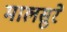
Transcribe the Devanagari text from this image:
मालसुरे